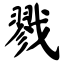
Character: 戮